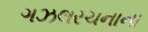
ગઝલરચનાના